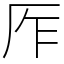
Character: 厏